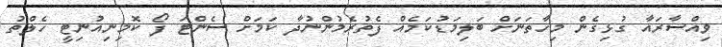
ވިއްސާރައާ ގުޅިގެން މިހާތަނަށް ބަލިމަޑުކަމެއް ފެތުރެމުންނުދާ ކަމަށް ސެންޓަ ފޯ ކޮމިނިއުނިޓީ ހެލްތު